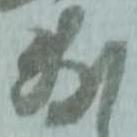
敷